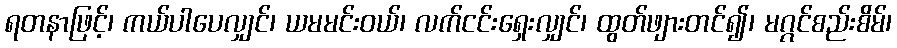
ရတနာဖြင့်၊ ကယ်ပါပေလျှင်၊ ယမမင်းဝယ်၊ လက်ငင်းရှေးလျှင်၊ ထွတ်ဖျားတင်၍၊ မဂ္ဂင်စည်းစိမ်၊